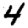
Digit: 4